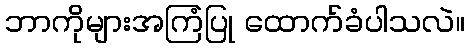
ဘာကိုများအကြံပြု ထောက်ခံပါသလဲ။